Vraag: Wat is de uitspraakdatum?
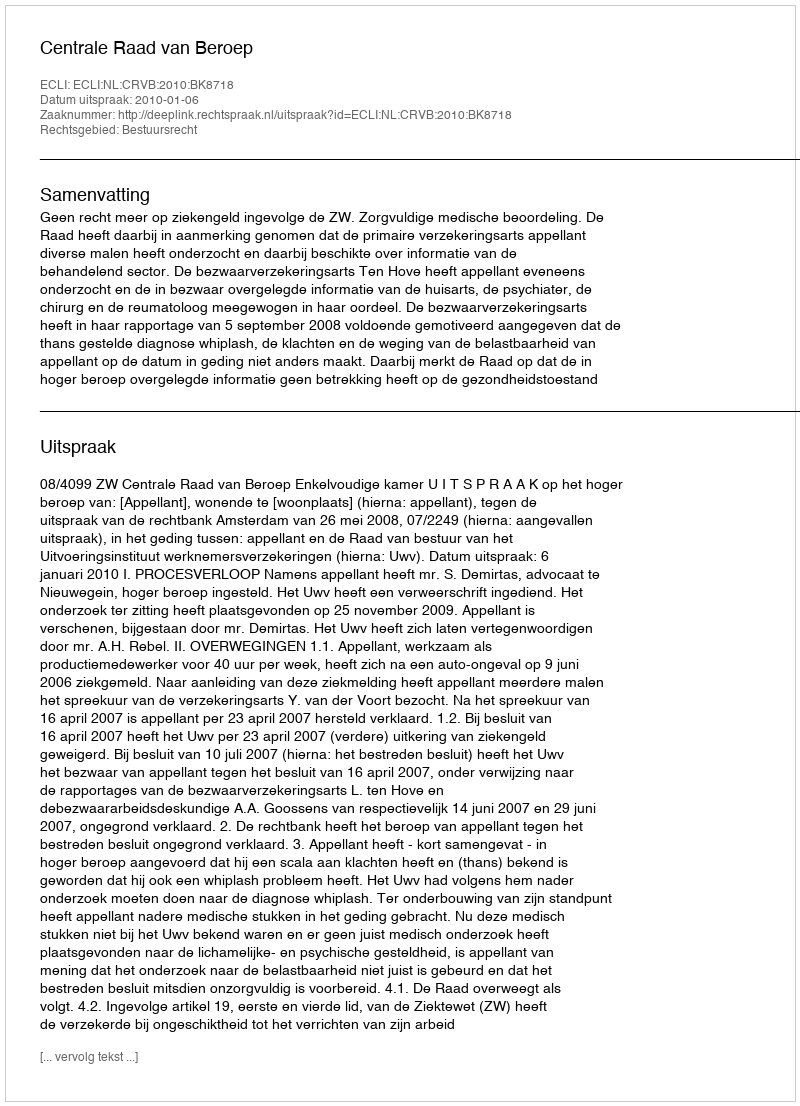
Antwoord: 2010-01-06